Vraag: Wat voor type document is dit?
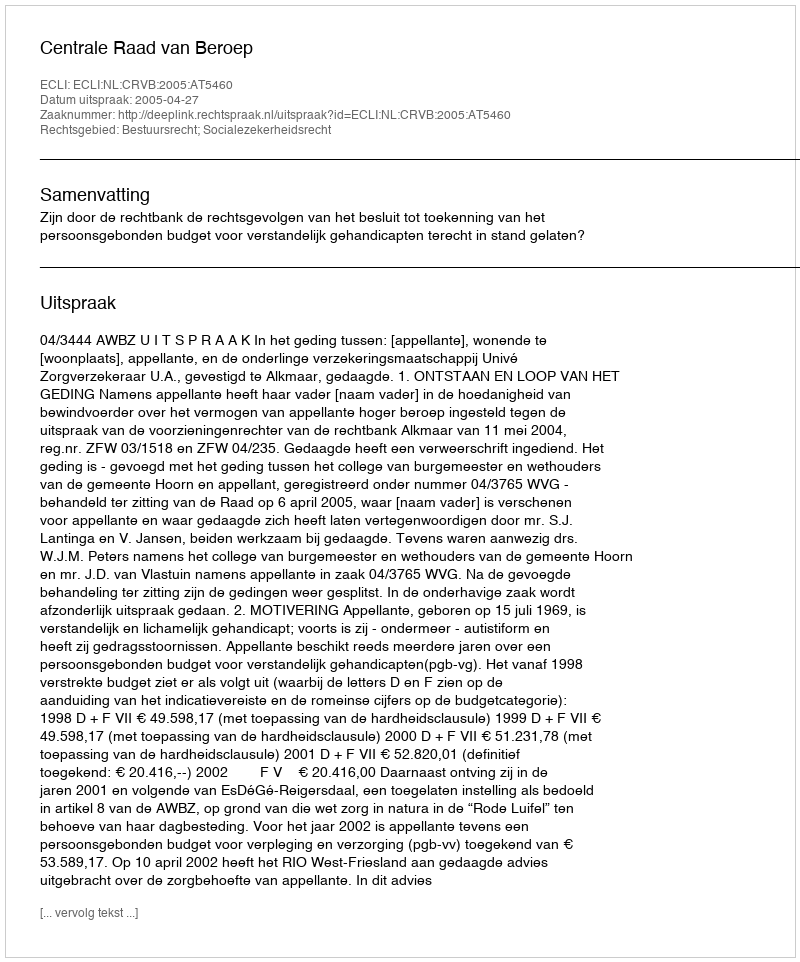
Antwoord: Uitspraak